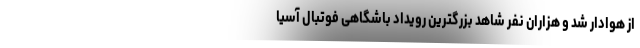
از هوادار شد و هزاران نفر شاهد بزرگترین رویداد باشگاهی فوتبال آسیا